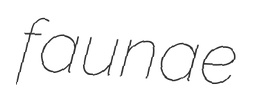
faunae